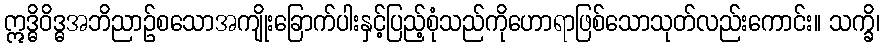
ဣဒ္ဓိဝိဒ္ဓအဘိညာဉ်စသောအကျိုးခြောက်ပါးနှင့်ပြည့်စုံသည်ကိုဟောရာဖြစ်သောသုတ်လည်းကောင်း။ သက္ခိ၊